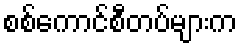
စစ်ကောင်စီတပ်များက